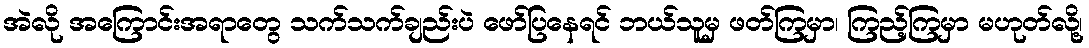
အဲလို အကြောင်းအရာတွေ သက်သက်ချည်းပဲ ဖော်ပြနေရင် ဘယ်သူမှ ဖတ်ကြမှာ၊ ကြည့်ကြမှာ မဟုတ်လို့၊